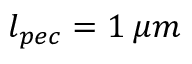
l _ { p e c } = 1 \: \mu m